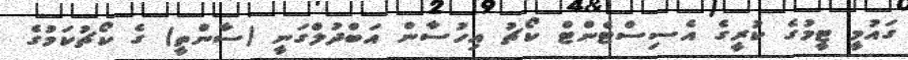
ގައުމީ ޓީމުގެ ކުރީގެ އެސިސްޓެންޓް ކޯޗު އިހުސާން އަބްދުލްގަނީ (ސާންތީ) ގެ ކޯޗުކަމުގެ